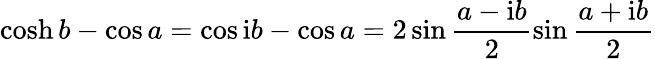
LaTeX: \cosh b-\cos a=\cos{\mathrm{i}b}-\cos a=2\sin\frac{a-\mathrm{i}b}2\sin\frac{a+\mathrm{i}b}2